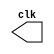
// -------------------------
// -- Nome: Camila Guedes Silveira 
// -- Matricula: 427393 
// ------------------------- 

// --------------------------- 
// -- test clock generator (6) 
// --------------------------- 
module clock ( clk ); 
	output clk; 
	reg clk; 
	
	initial 
		begin 
			clk = 1'b0; 
		end 
		
	always 
		begin 
			#12 clk = ~clk; 
		end 
endmodule // clock ( )

module pulse ( signal, clock ); 
	input clock; 
	output signal; 
	reg signal; 
	
//	always @ ( clock )
// EXPERIMENTE
	always @ ( posedge clock )
	begin
		signal = 1'b1;
		#3 signal = 1'b0; 
		#3 signal = 1'b1; 
		#3 signal = 1'b0;
				
				
	end 
endmodule // pulse  

// -- no consegui sicronizar a frequencia do pulso com a borda de subida do clock.

module Exemplo0046; 
	
	wire clk; 
	clock CLK1 ( clk ); 
		 
	reg p; 
	pulse pulse1 ( p1, clk ); 
	
	initial begin 
		p = 1'b0; 
	end
	
	initial begin 
		$display("Exemplo0046 - Camila Guedes Silveira - 427393");
		$dumpfile ( "Exemplo0046.vcd" ); 
		$dumpvars(0);
		
		$monitor("freq. clock: %b    freq. pulso: %b", clk, p);
		
		#120 $finish; 
	end 
endmodule // Exemplo0046 ( )